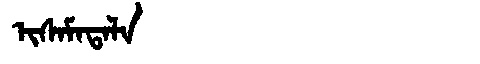
Manchu: ᡳᠰᠠᠮᠠᡨᠠᠯᠠ
Romanization: ISAMATALA